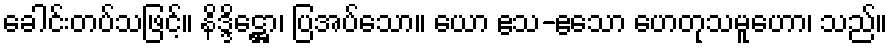
ခေါင်းတပ်သဖြင့်။ နိဒ္ဒိဋ္ဌော၊ ပြအပ်သော။ ယော ဧသ-ဧသော ဟေတုသမူဟော၊ သည်။